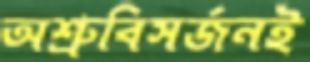
অশ্রুবিসর্জনই